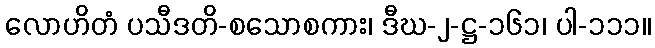
လောဟိတံ ပသီဒတိ-စသောစကား၊ ဒီဃ-၂-ဋ္ဌ-၁၆၁၊ ပါ-၁၁၁။